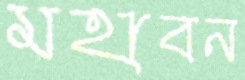
মহাবন